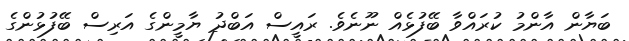
ބަޔާން އާންމު ކުރައްވާ ބޭފުޅެއް ނޫނެވެ. ރައީސް އަބްދު ޔާމީންގެ އަރިސް ބޭފުޅުންގެ